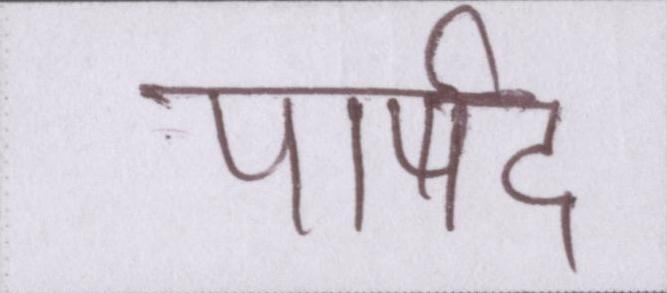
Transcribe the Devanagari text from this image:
पार्षद